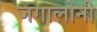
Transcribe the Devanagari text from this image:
जगालोनी